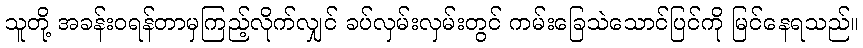
သူတို့ အခန်းဝရန်တာမှကြည့်လိုက်လျှင် ခပ်လှမ်းလှမ်းတွင် ကမ်းခြေသဲသောင်ပြင်ကို မြင်နေရသည်။